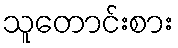
သူတောင်းစား